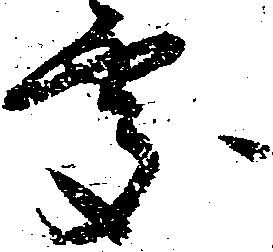
処